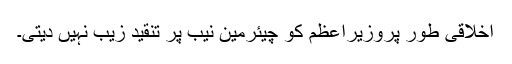
اخلاقی طور پروزیراعظم کو چیئرمین نیب پر تنقید زیب نہیں دیتی۔